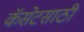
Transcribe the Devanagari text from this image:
कॅसेटसाठी